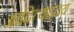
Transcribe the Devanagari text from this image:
आदित्यह्रदय